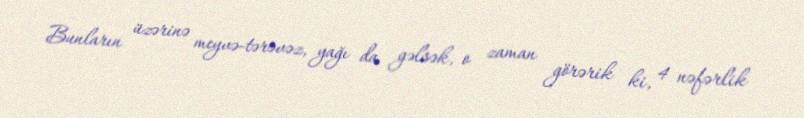
Bunların üzərinə meyvə-tərəvəz, yağı da gəlsək, o zaman görərik ki, 4 nəfərlik